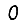
Digit: 0